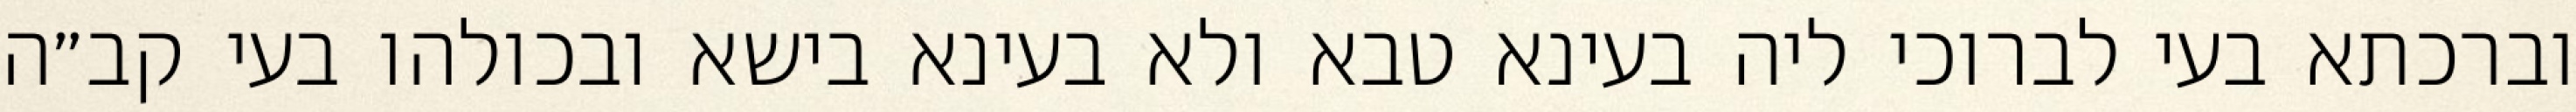
וברכתא בעי לברוכי ליה בעינא טבא ולא בעינא בישא ובכולהו בעי קב״ה